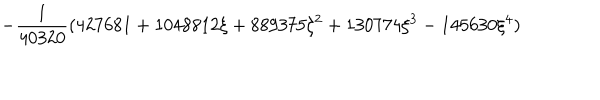
LaTeX: \displaystyle - \frac { 1 } { 4 0 3 2 0 } ( 4 2 7 6 8 1 + 1 0 4 8 8 1 2 \xi + 8 8 9 3 7 5 \xi ^ { 2 } + 1 3 0 7 7 4 \xi ^ { 3 } - 1 4 5 6 3 0 \xi ^ { 4 } )